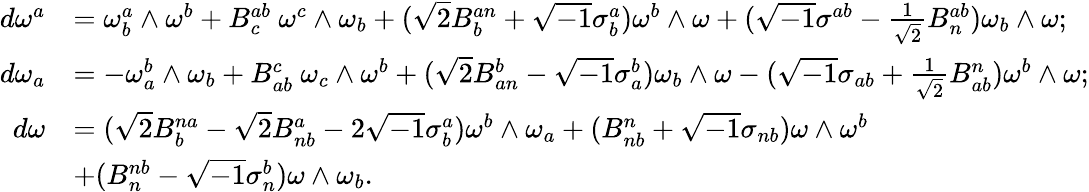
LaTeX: \begin{array}{rl}{d\omega^{a}}&{=\omega_{b}^{a}\wedge\omega^{b}+B_{c}^{ab}\ \omega^{c}\wedge\omega_{b}+(\sqrt{2}B_{b}^{an}+\sqrt{-1}\sigma_{b}^{a})\omega^{b}\wedge\omega+(\sqrt{-1}\sigma^{ab}-\frac{1}{\sqrt{2}}B_{n}^{ab})\omega_{b}\wedge\omega;}\\ {d\omega_{a}}&{=-\omega_{a}^{b}\wedge\omega_{b}+B_{ab}^{c}\ \omega_{c}\wedge\omega^{b}+(\sqrt{2}B_{an}^{b}-\sqrt{-1}\sigma_{a}^{b})\omega_{b}\wedge\omega-(\sqrt{-1}\sigma_{ab}+\frac{1}{\sqrt{2}}B_{ab}^{n})\omega^{b}\wedge\omega;}\\ {d\omega}&{=(\sqrt{2}B_{b}^{na}-\sqrt{2}B_{nb}^{a}-2\sqrt{-1}\sigma_{b}^{a})\omega^{b}\wedge\omega_{a}+(B_{nb}^{n}+\sqrt{-1}\sigma_{nb})\omega\wedge\omega^{b}}\\ &{+(B_{n}^{nb}-\sqrt{-1}\sigma_{n}^{b})\omega\wedge\omega_{b}.}\end{array}